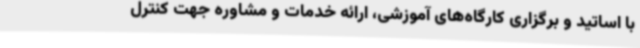
با اساتید و برگزاری کارگاه‌های آموزشی، ارائه خدمات و مشاوره جهت کنترل